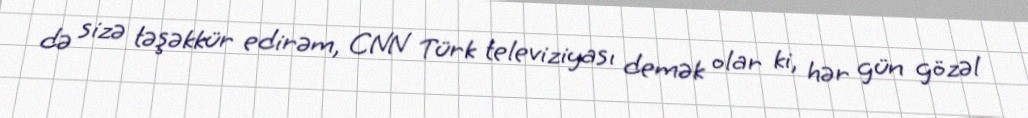
də sizə təşəkkür edirəm, CNN Türk televiziyası demək olar ki, hər gün gözəl